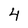
Character: 4